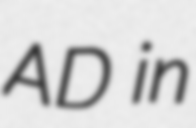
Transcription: AD in